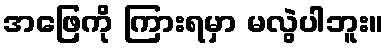
အဖြေကို ကြားရမှာ မလွဲပါဘူး။